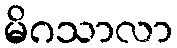
မိဂသာလာ